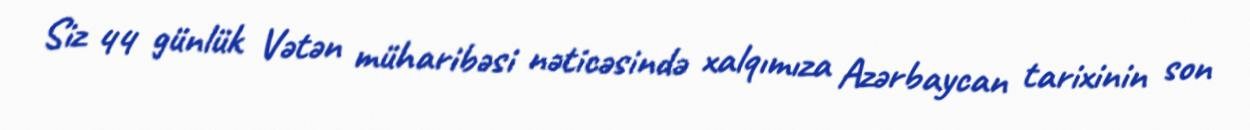
Siz 44 günlük Vətən müharibəsi nəticəsində xalqımıza Azərbaycan tarixinin son